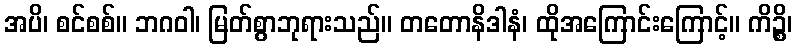
အပိ၊ စင်စစ်။ ဘဂဝါ၊ မြတ်စွာဘုရားသည်။ တတောနိဒါနံ၊ ထိုအကြောင်းကြောင့်။ ကိဉ္စိ၊